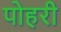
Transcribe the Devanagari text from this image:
पोहरी